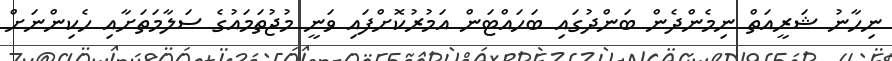
ނިހާނު ޝަރީއަތް ނިމެންދެން ބަންދުގައި ބަހައްޓަން އަމުރުކޮށްފައި ވަނީ މުޖުތަމައުގެ ސަލާމަތަށާއި ހެކިންނަށް